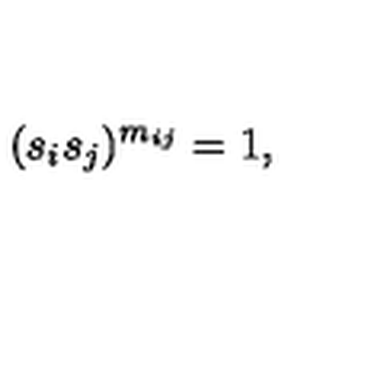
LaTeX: ( s _ { i } s _ { j } ) ^ { m _ { i j } } = 1 ,